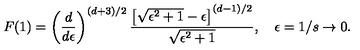
F ( 1 ) = \left( \frac { d } { d \epsilon } \right) ^ { ( d + 3 ) / 2 } { \frac { \left[ \sqrt { \epsilon ^ { 2 } + 1 } - \epsilon \right] ^ { ( d - 1 ) / 2 } } { \sqrt { \epsilon ^ { 2 } + 1 } } } , \quad \epsilon = 1 / s \to 0 .